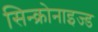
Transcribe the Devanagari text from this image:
सिन्क्रोनाइज्ड